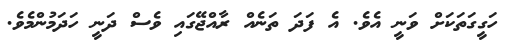
ހަގީގަތަކަށް ވަނީ އެވެ. އެ ފަދަ ތަނެއް ރާއްޖޭގައި ވެސް ދަނީ ހަދަމުންމެވެ.